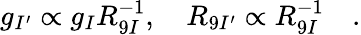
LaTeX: g_{I^{\prime}}\propto g_{I}R_{9I}^{-1},\quad R_{9I^{\prime}}\propto R_{9I}^{-1}\quad.